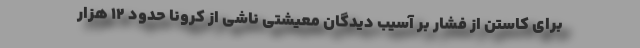
برای کاستن از فشار بر آسیب دیدگان معیشتی ناشی از کرونا حدود ۱۲ هزار